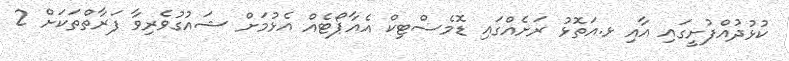
ކުޅުދުއްފުށީގައި އާއި ޅ.އަތޮޅު ރަށެއްގައި ޑޮމެސްޓިކް އެއާޕޯޓެއް އެޅުމަށް ޝައުގުވެރިވާ ފަރާތްތަކަށް 2